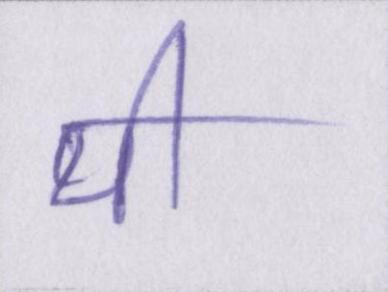
थी